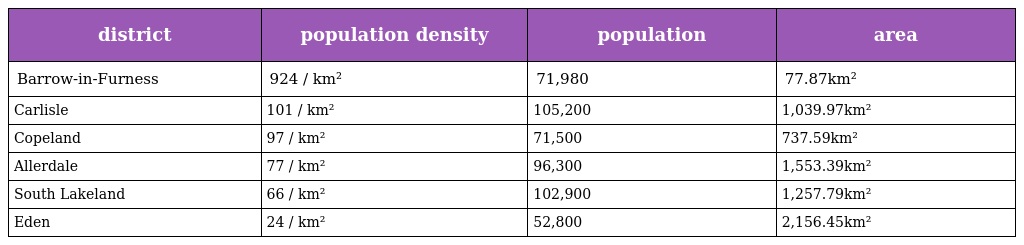
| district | population density | population | area |
 | --- | --- | --- | --- |
 | Barrow-in-Furness | 924 / km² | 71,980 | 77.87km² |
 | Carlisle | 101 / km² | 105,200 | 1,039.97km² |
 | Copeland | 97 / km² | 71,500 | 737.59km² |
 | Allerdale | 77 / km² | 96,300 | 1,553.39km² |
 | South Lakeland | 66 / km² | 102,900 | 1,257.79km² |
 | Eden | 24 / km² | 52,800 | 2,156.45km² |